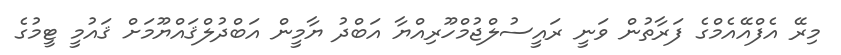
މިރޭ އެފްއޭއެމްގެ ފަރާތުން ވަނީ ރައީސުލްޖުމްހޫރިއްޔާ އަބްދު ޔާމީން އަބްދުލްޤައްޔޫމަށް ޤައުމީ ޓީމުގެ